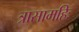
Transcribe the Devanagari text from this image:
त्रासामहिः